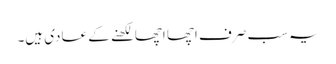
یہ سب صرف اچھا اچھا لکھنے کے عادی ہیں۔